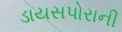
ડાયસપોરાની